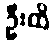
ဦးထိ